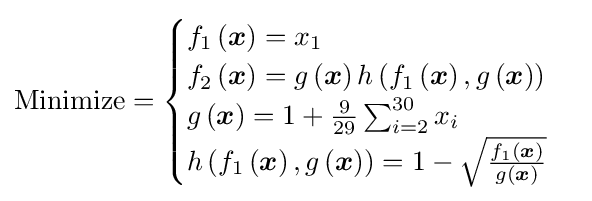
{\text{Minimize}}={\begin{cases}f_{1}\left({\boldsymbol {x}}\right)=x_{1}\\f_{2}\left({\boldsymbol {x}}\right)=g\left({\boldsymbol {x}}\right)h\left(f_{1}\left({\boldsymbol {x}}\right),g\left({\boldsymbol {x}}\right)\right)\\g\left({\boldsymbol {x}}\right)=1+{\frac {9}{29}}\sum _{i=2}^{30}x_{i}\\h\left(f_{1}\left({\boldsymbol {x}}\right),g\left({\boldsymbol {x}}\right)\right)=1-{\sqrt {\frac {f_{1}\left({\boldsymbol {x}}\right)}{g\left({\boldsymbol {x}}\right)}}}\\\end{cases}}